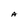
Character: A